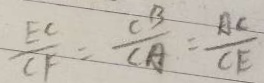
\frac { E C } { C F } = \frac { C B } { C A } = \frac { A C } { C E }